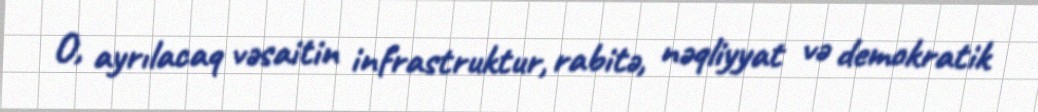
O, ayrılacaq vəsaitin infrastruktur, rabitə, nəqliyyat və demokratik